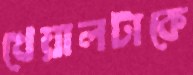
খেয়ালটাকে